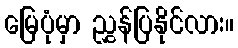
မြေပုံမှာ ညွှန်ပြနိုင်လား။